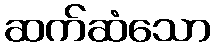
ဆက်ဆံသော